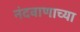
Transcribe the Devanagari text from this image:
नंदवाणाच्या